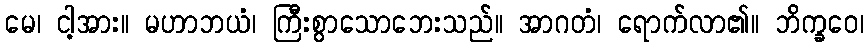
မေ၊ ငါ့အား။ မဟာဘယံ၊ ကြီးစွာသောဘေးသည်။ အာဂတံ၊ ရောက်လာ၏။ ဘိက္ခဝေ၊